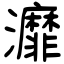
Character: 灖